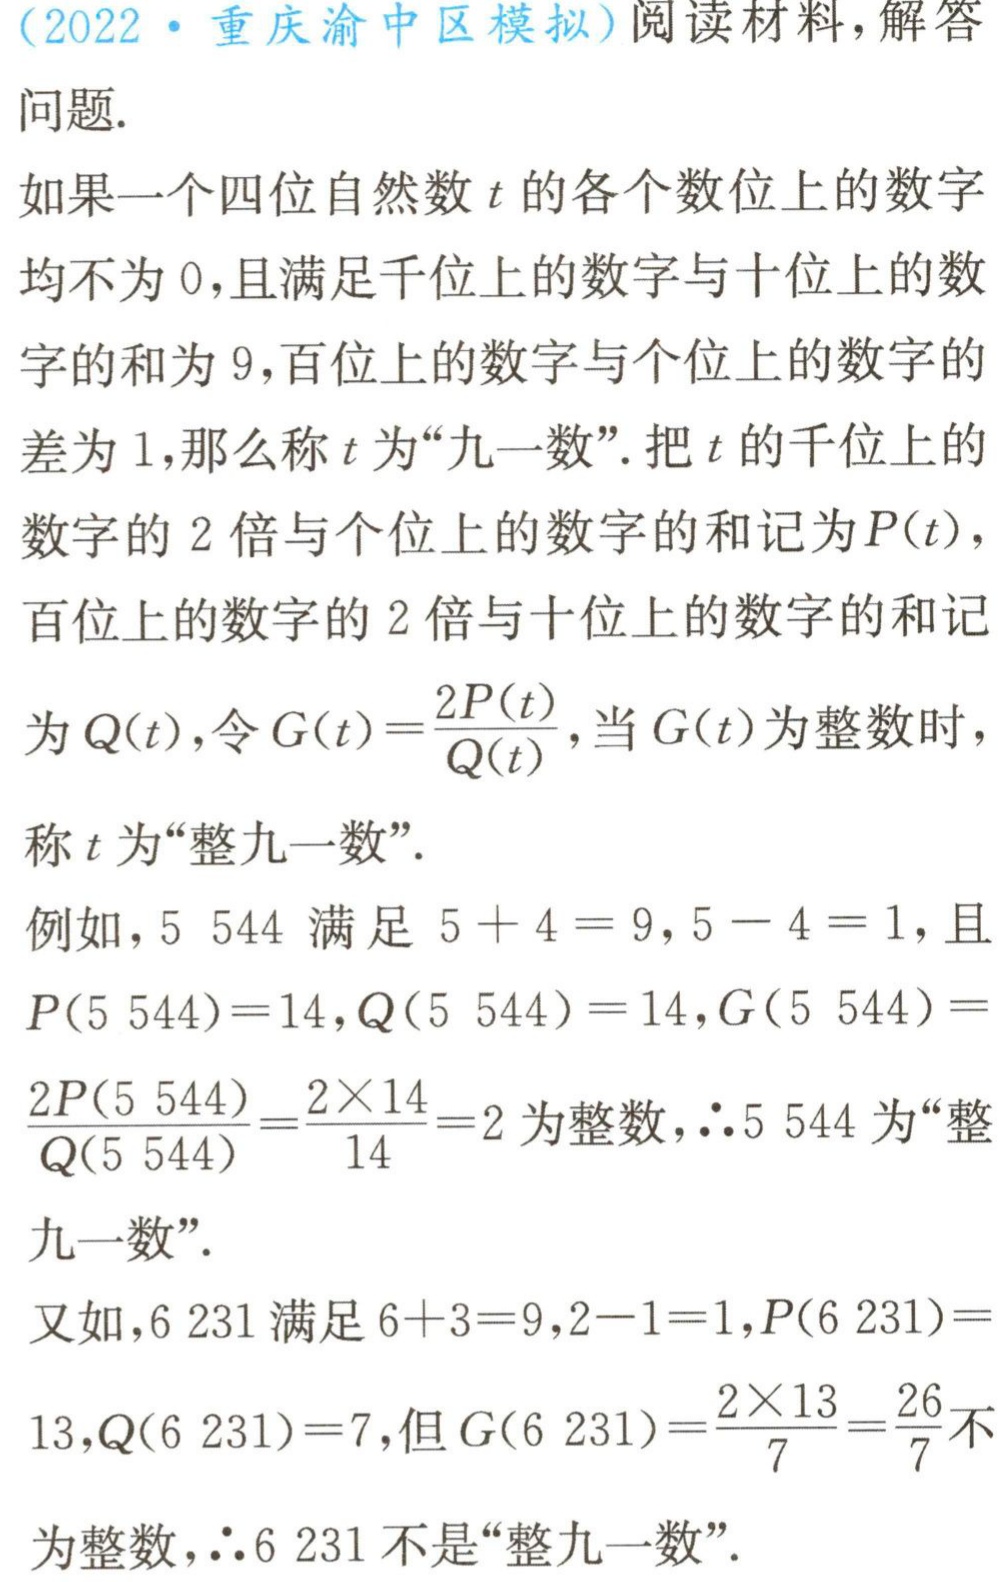
（2022·重庆渝中区模拟）阅读材料，解答问题.

如果一个四位自然数\(t\)的各个数位上的数字均不为\(0\)，且满足千位上的数字与十位上的数字的和为\(9\)，百位上的数字与个位上的数字的差为\(1\)，那么称\(t\)为“九一数”. 把\(t\)的千位上的数字的\(2\)倍与个位上的数字的和记为\(P(t)\)，百位上的数字的\(2\)倍与十位上的数字的和记为\(Q(t)\)，令\(G(t)=\frac{2P(t)}{Q(t)}\)，当\(G(t)\)为整数时，称\(t\)为“整九一数”.

例如，\(5544\)满足\(5 + 4 = 9\)，\(5 - 4 = 1\)，且\(P(5544)=14\)，\(Q(5544)=14\)，\(G(5544)=\frac{2P(5544)}{Q(5544)}=\frac{2\times14}{14}=2\)为整数，\(\therefore5544\)为“整九一数”.

又如，\(6231\)满足\(6 + 3 = 9\)，\(2 - 1 = 1\)，\(P(6231)=13\)，\(Q(6231)=7\)，但\(G(6231)=\frac{2\times13}{7}=\frac{26}{7}\)不为整数，\(\therefore6231\)不是“整九一数”.